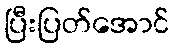
ပြီးပြတ်အောင်